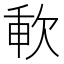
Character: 㰱